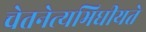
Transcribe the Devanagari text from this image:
चेतनेत्यभिधीयते